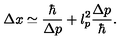
\Delta x \simeq \frac { \hbar } { \Delta p } + l _ { p } ^ { 2 } \frac { \Delta p } { \hbar } .